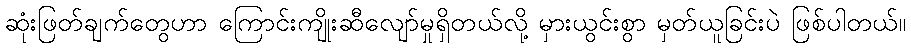
ဆုံးဖြတ်ချက်တွေဟာ ကြောင်းကျိုးဆီလျော်မှုရှိတယ်လို့ မှားယွင်းစွာ မှတ်ယူခြင်းပဲ ဖြစ်ပါတယ်။